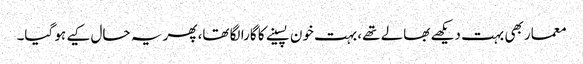
معمار بھی بہت دیکھے بھالے تھے، بہت خون پسینے کا گارا لگا تھا، پھر یہ حال کیے ہو گیا۔